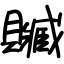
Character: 贓